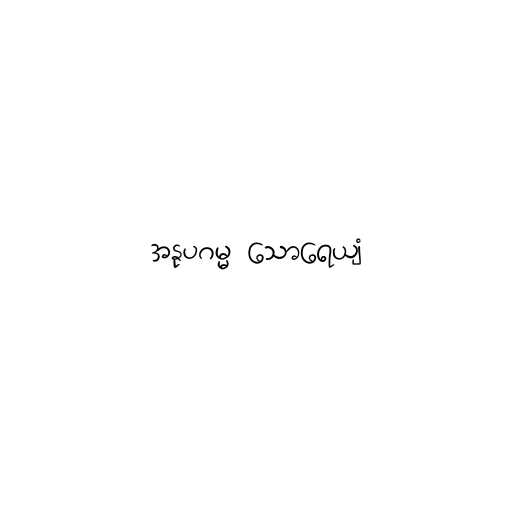
အနုပဂမ္မ သောရေယျံ